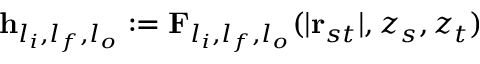
\mathbf { h } _ { l _ { i } , l _ { f } , l _ { o } } : = \mathbf { F } _ { l _ { i } , l _ { f } , l _ { o } } ( | \mathbf { r } _ { s t } | , z _ { s } , z _ { t } )